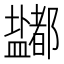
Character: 𰥈